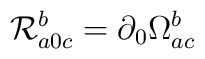
{\cal R}_{a0c}^b=\partial _0\Omega _{ac}^b